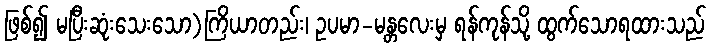
ဖြစ်၍ မပြီးဆုံးသေးသော)ကြိယာတည်း၊ ဥပမာ-မန္တလေးမှ ရန်ကုန်သို့ ထွက်သောရထားသည်